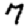
Digit: 7